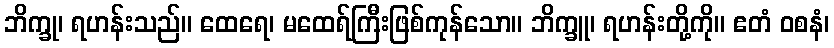
ဘိက္ခု၊ ရဟန်းသည်။ ထေရေ၊ မထေရ်ကြီးဖြစ်ကုန်သော။ ဘိက္ခူ၊ ရဟန်းတို့ကို။ ဧတံ ဝစနံ၊